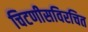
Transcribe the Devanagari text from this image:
चिटणीसविरचित